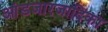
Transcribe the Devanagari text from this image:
आंडजारजादिका